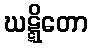
ဃဋ္ဋိတော